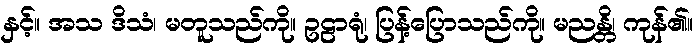
နှင့်။ အသ ဒိသံ၊ မတူသည်ကို။ ဥဠာရုံ၊ ပြန့်ပြောသည်ကို။ မညန္တိ၊ ကုန်၏။